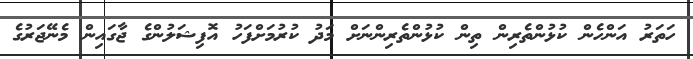
ހަތަރު އަންހެން ކުޅުންތެރިން ތިން ކުޅުންތެރިންނަށް މަދު ކުރުމަށްފަހު އޮފިޝަލުންގެ ޖާގައިން މެނޭޖަރުގެ